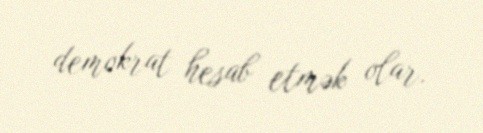
demokrat hesab etmək olar.